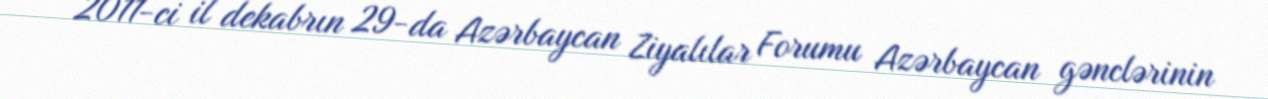
“2011-ci il dekabrın 29-da Azərbaycan Ziyalılar Forumu Azərbaycan gənclərinin